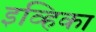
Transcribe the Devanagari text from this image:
इव्हिका